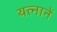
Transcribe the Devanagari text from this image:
यत्नानें